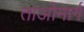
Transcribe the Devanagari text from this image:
ताओमार्ग